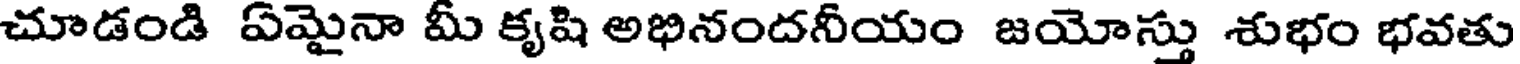
చూడండి ఏమైనా మీ కృషి అభినందనీయం జయోస్తు శుభం భవతు